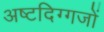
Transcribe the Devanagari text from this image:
अष्टदिग्गजों